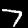
Digit: 7